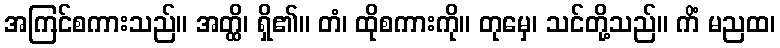
အကြင်စကားသည်။ အတ္ထိ၊ ရှိ၏။ တံ၊ ထိုစကားကို။ တုမှေ၊ သင်တို့သည်။ ကိံ မညထ၊